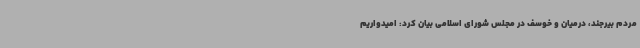
مردم بیرجند، درمیان و خوسف در مجلس شورای اسلامی بیان کرد: امیدواریم